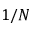
1 / N